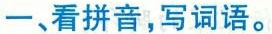
一、看拼音，写词语。